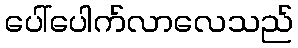
ပေါ်ပေါက်လာလေသည်